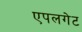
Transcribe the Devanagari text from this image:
एपलगेट